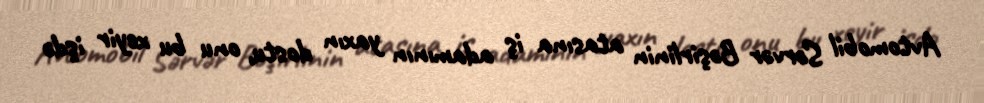
Avtomobil Sərvər Bəşirlinin atasına iş adamının yaxın dostu, onu bu xeyir işdə